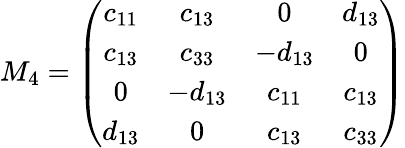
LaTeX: M_{4}=\left(\begin{array}{cccc}{{c_{11}}}&{{c_{13}}}&{{0}}&{{d_{13}}}\\ {{c_{13}}}&{{c_{33}}}&{{-d_{13}}}&{{0}}\\ {{0}}&{{-d_{13}}}&{{c_{11}}}&{{c_{13}}}\\ {{d_{13}}}&{{0}}&{{c_{13}}}&{{c_{33}}}\end{array}\right)